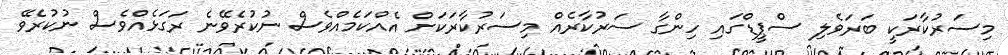
މިސަރުކާރަކީ ބަރަވެލި ސްޕީޑްގައި ހިންގާ ސަރުކާރެއް މިސަރުކާރަކަށް އެއްކަމެއްވެސް ނުކުރެވޭނެ ރަގަޅެއްވެސް ނުކުރެވޭ